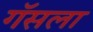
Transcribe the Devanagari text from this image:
गॅसला